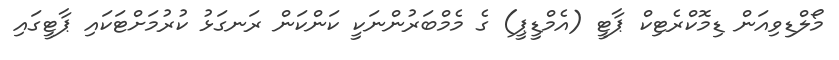
މޯލްޑިވިއަން ޑިމޮކްރެޓިކް ޕާޓީ (އެމްޑީޕީ) ގެ މެމްބަރުންނަކީ ކަންކަން ރަނގަޅު ކުރުމަށްޓަކައި ޕާޓީގައި